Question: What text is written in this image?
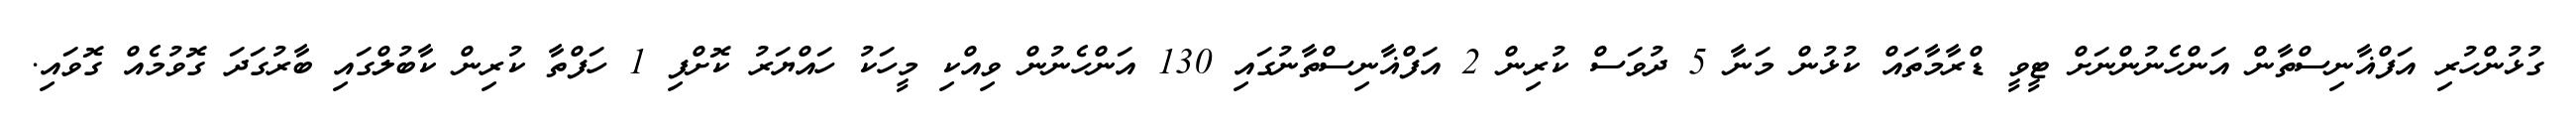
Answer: ގުޅުންހުރި އަފްޣާނިސްތާން އަންހެނުންނަށް ޓީވީ ޑްރާމާތައް ކުޅުން މަނާ 5 ދުވަސް ކުރިން 2 އަފްޣާނިސްތާނުގައި 130 އަންހެނުން ވިއްކި މީހަކު ހައްޔަރު ކޮށްފި 1 ހަފްތާ ކުރިން ކާބުލްގައި ބާރުގަދަ ގޮވުމެއް ގޮވައި.